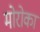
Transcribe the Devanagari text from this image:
मोरोका